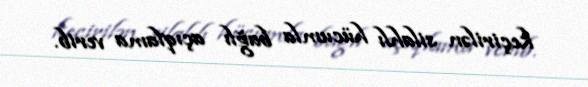
keçirilən silahlı hücumla bağlı açıqlama verib.